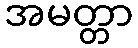
အမတ္တာ